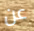
عن